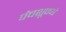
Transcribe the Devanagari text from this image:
पंचशून्ये